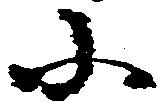
小